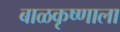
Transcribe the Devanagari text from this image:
बाळकृष्णाला